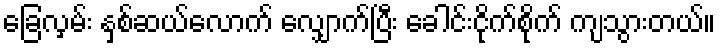
ခြေလှမ်း နှစ်ဆယ်လောက် လျှောက်ပြီး ခေါင်းငိုက်စိုက် ကျသွားတယ်။